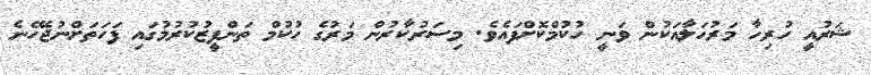
ޝަރުއީ ހުރިހާ މަރުހަލާއަކުން ވަނީ ހުކުމްކޮށްފައެވެ. މިސަރުކާރުން މަރުގެ ހުކުމް ތަންފީޒުކުރުމުގައި ފަހަތަށްނުޖެހޭނެ